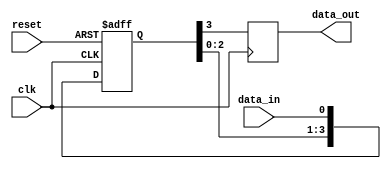
module four_flop_sync (
    input wire clk,
    input wire reset,
    input wire data_in,
    output reg data_out
);

reg [3:0] sync_reg;

always @(posedge clk or posedge reset) begin
    if (reset) begin
        sync_reg <= 4'b0000;
    end else begin
        sync_reg <= {sync_reg[2:0], data_in};
    end
end

always @(posedge clk) begin
    data_out <= sync_reg[3];
end

endmodule